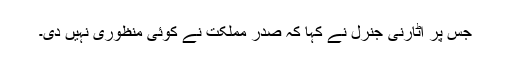
جس پر اٹارنی جنرل نے کہا کہ صدر مملکت نے کوئی منظوری نہیں دی۔